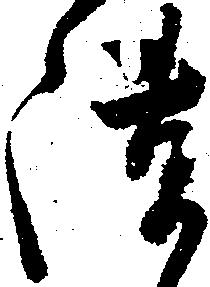
隙